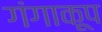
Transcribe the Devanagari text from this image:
गंगाकूप